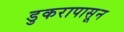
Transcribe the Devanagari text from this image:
डुकरापासून